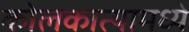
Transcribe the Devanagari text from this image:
कोलकात्यामध्ये